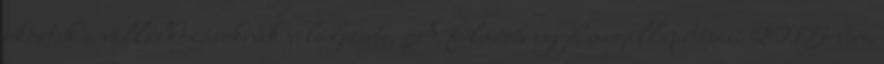
okoztak a vállalkozásoknak világszerte. A felmérés egyéb megállapításai: 2015-ben,